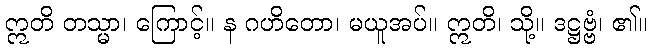
ဣတိ တသ္မာ၊ ကြောင့်။ န ဂဟိတော၊ မယူအပ်။ ဣတိ၊ သို့။ ဒဋ္ဌဗ္ဗံ၊ ၏။